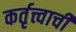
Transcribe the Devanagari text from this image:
कर्तृत्त्वाची